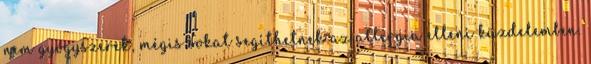
nem gyógyszerek, mégis sokat segíthetnek az allergia elleni küzdelemben.